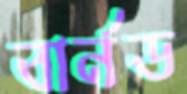
বার্নড